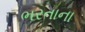
ભરતાના